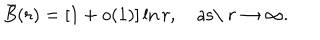
\bar { B } ( r ) = [ 1 + o ( 1 ) ] \ln r , \quad \mathrm { a s \ } r \to \infty .